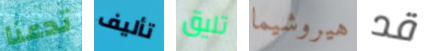
تدعنا تأليف تليق هيروشيما قد